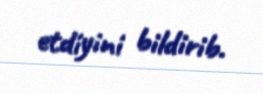
etdiyini bildirib.